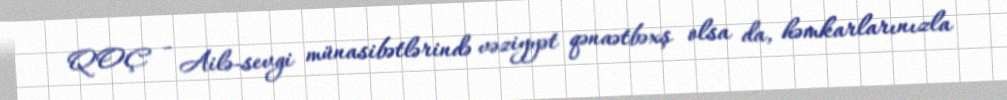
QOÇ - Ailə-sevgi münasibətlərində vəziyyət qənaətbəxş olsa da, həmkarlarınızla